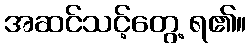
အဆင်သင့်တွေ့ ရ၏။